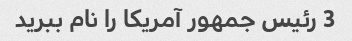
3 رئیس جمهور آمریکا را نام ببرید